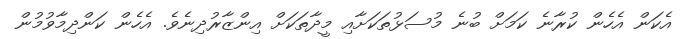
އެކަން އެހެން ކުރާނެ ކަމަށް ބުނެ މުސަޅުތަކަށާއި މީދާތަކަށް އިންޒާރުދިނެވެ. އެހެން ކަންދިމާވުމުން